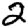
Digit: 2